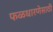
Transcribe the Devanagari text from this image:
फळधारणेसाठी